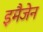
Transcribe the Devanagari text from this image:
इमैजेन